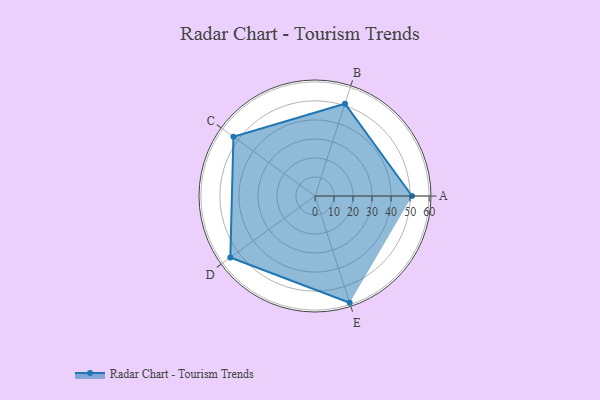
{"axis": {"x": "Skill", "y": "Score"}, "legend": ["Profile"], "data": [{"x": "A", "y": 51.0, "type": "Profile"}, {"x": "B", "y": 51.0, "type": "Profile"}, {"x": "C", "y": 53.0, "type": "Profile"}, {"x": "D", "y": 55.0, "type": "Profile"}, {"x": "E", "y": 59.0, "type": "Profile"}]}